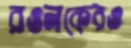
রওনকেরও